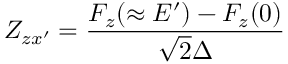
Z _ { z x ^ { \prime } } = \frac { F _ { z } ( \approx E ^ { \prime } ) - F _ { z } ( 0 ) } { \sqrt { 2 } \Delta }